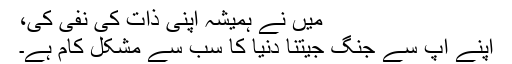
میں نے ہمیشہ اپنی ذات کی نفی کی،
اپنے آپ سے جنگ جیتنا دنیا کا سب سے مشکل کام ہے۔